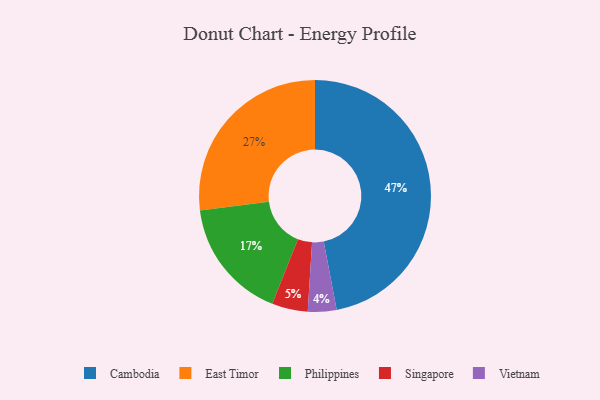
{"axis": {"x": "Category", "y": "Percentage"}, "legend": ["Cambodia", "East Timor", "Philippines", "Singapore", "Vietnam"], "data": [{"x": "Singapore", "y": 5, "type": "Singapore"}, {"x": "East Timor", "y": 27, "type": "East Timor"}, {"x": "Vietnam", "y": 4, "type": "Vietnam"}, {"x": "Cambodia", "y": 47, "type": "Cambodia"}, {"x": "Philippines", "y": 17, "type": "Philippines"}]}